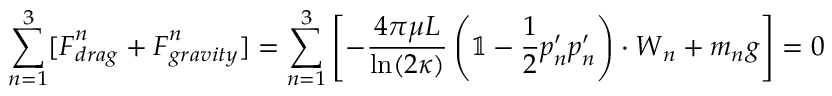
\sum _ { n = 1 } ^ { 3 } [ \boldsymbol { F } _ { d r a g } ^ { n } + \boldsymbol { F } _ { g r a v i t y } ^ { n } ] = \sum _ { n = 1 } ^ { 3 } \left[ - \frac { 4 \pi \mu L } { \ln ( 2 \kappa ) } \left( \mathbb { 1 } - \frac { 1 } { 2 } \boldsymbol { p } _ { n } ^ { \prime } \boldsymbol { p } _ { n } ^ { \prime } \right) \cdot \boldsymbol { W } _ { n } + m _ { n } \boldsymbol { g } \right] = 0